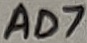
Text: AD7